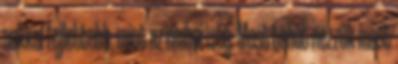
sokkal fejlettebb, mint az emberiség. Most tehát nézzük most